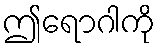
ဤရောဂါကို